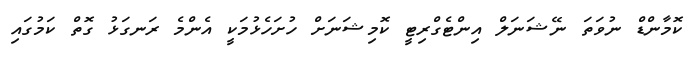
ކޮމާންޑް ނުވަތަ ނޭޝަނަލް އިންޓެގްރިޓީ ކޮމިޝަނަށް ހުށަހެޅުމަކީ އެންމެ ރަނގަޅު ގޮތް ކަމުގައި